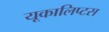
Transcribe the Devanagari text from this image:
यूकालिप्टस